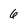
Character: 6